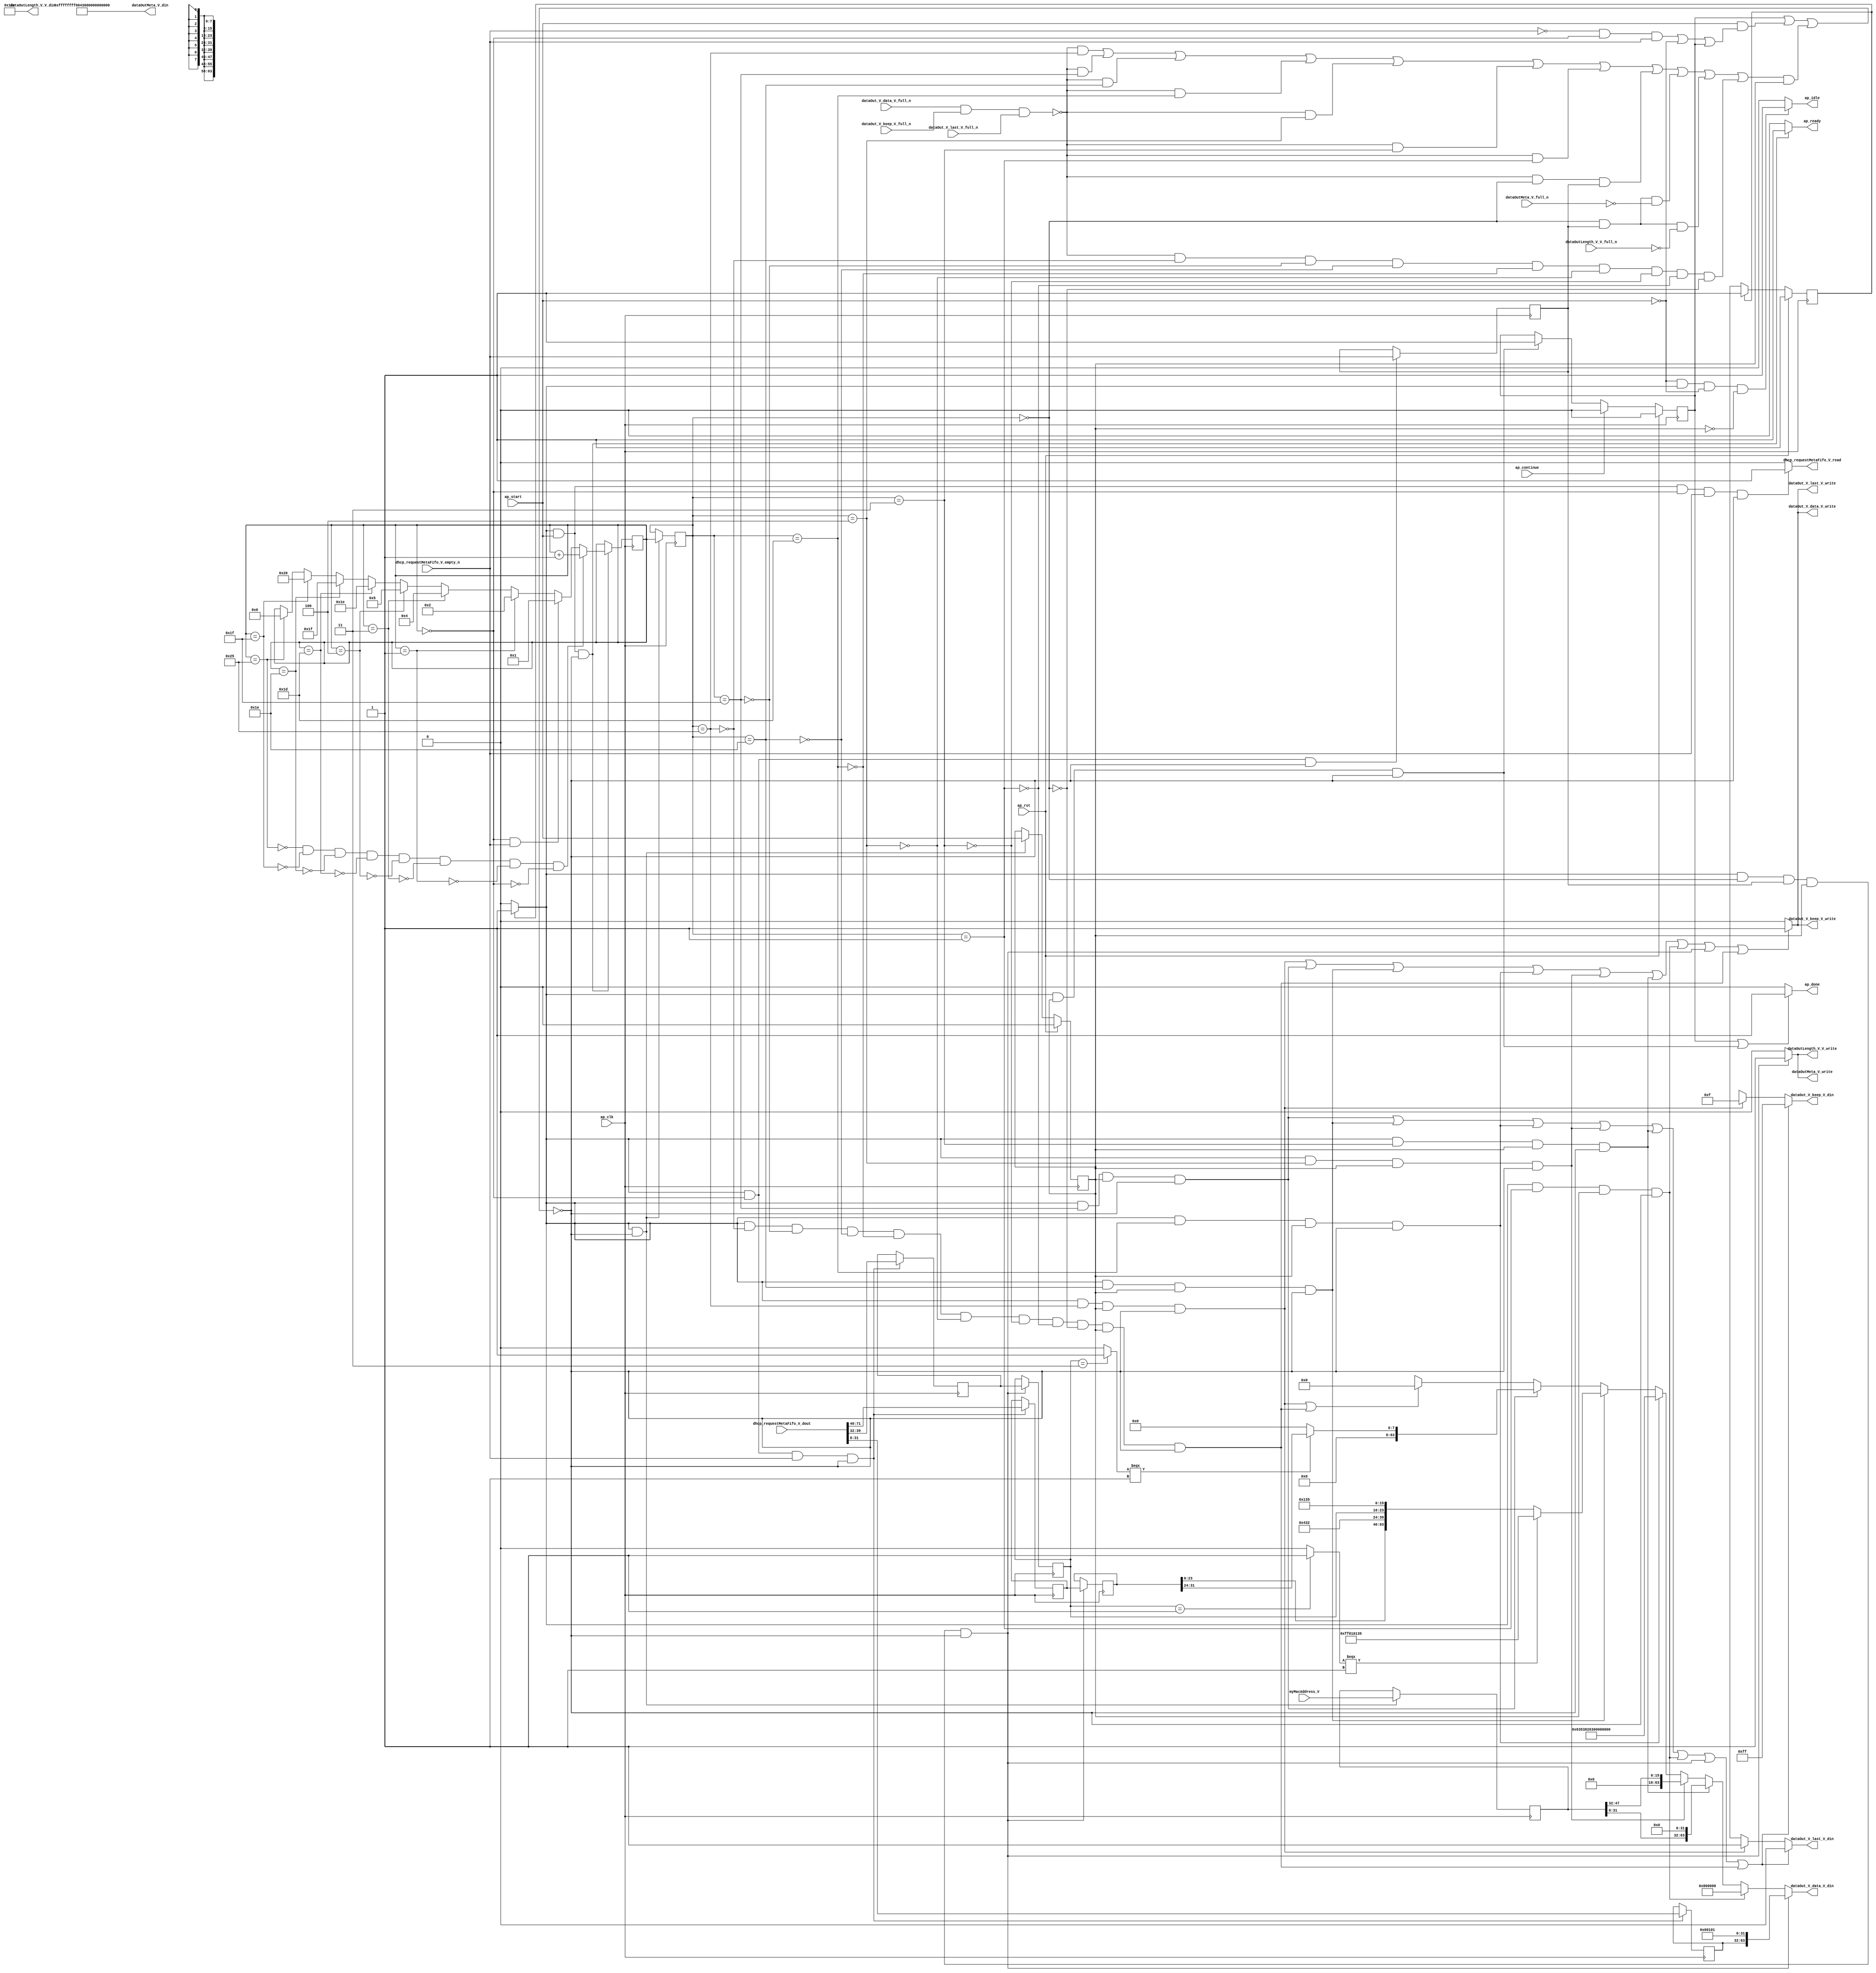
// ==============================================================
// RTL generated by Vivado(TM) HLS - High-Level Synthesis from C, C++ and SystemC
// Version: 2015.1
// Copyright (C) 2015 Xilinx Inc. All rights reserved.
// 
// ===========================================================

`timescale 1 ns / 1 ps 

module dhcp_client_send_message (
        ap_clk,
        ap_rst,
        ap_start,
        ap_done,
        ap_continue,
        ap_idle,
        ap_ready,
        dhcp_requestMetaFifo_V_dout,
        dhcp_requestMetaFifo_V_empty_n,
        dhcp_requestMetaFifo_V_read,
        dataOutMeta_V_din,
        dataOutMeta_V_full_n,
        dataOutMeta_V_write,
        dataOutLength_V_V_din,
        dataOutLength_V_V_full_n,
        dataOutLength_V_V_write,
        dataOut_V_data_V_din,
        dataOut_V_data_V_full_n,
        dataOut_V_data_V_write,
        dataOut_V_keep_V_din,
        dataOut_V_keep_V_full_n,
        dataOut_V_keep_V_write,
        dataOut_V_last_V_din,
        dataOut_V_last_V_full_n,
        dataOut_V_last_V_write,
        myMacAddress_V
);

parameter    ap_const_logic_1 = 1'b1;
parameter    ap_const_logic_0 = 1'b0;
parameter    ap_ST_pp0_stg0_fsm_0 = 1'b1;
parameter    ap_const_lv32_0 = 32'b00000000000000000000000000000000;
parameter    ap_const_lv1_1 = 1'b1;
parameter    ap_const_lv6_0 = 6'b000000;
parameter    ap_const_lv1_0 = 1'b0;
parameter    ap_const_lv6_25 = 6'b100101;
parameter    ap_const_lv6_1F = 6'b11111;
parameter    ap_const_lv6_1E = 6'b11110;
parameter    ap_const_lv6_1D = 6'b11101;
parameter    ap_const_lv6_4 = 6'b100;
parameter    ap_const_lv6_3 = 6'b11;
parameter    ap_const_lv6_1 = 6'b1;
parameter    ap_const_lv8_0 = 8'b00000000;
parameter    ap_const_lv64_0 = 64'b0000000000000000000000000000000000000000000000000000000000000000;
parameter    ap_const_lv64_6353826300000000 = 64'b110001101010011100000100110001100000000000000000000000000000000;
parameter    ap_const_lv64_800000 = 64'b100000000000000000000000;
parameter    ap_const_lv8_F = 8'b1111;
parameter    ap_const_lv8_FF = 8'b11111111;
parameter    ap_const_lv96_FFFFFFFF0043000000000044 = 96'b111111111111111111111111111111110000000001000011000000000000000000000000000000000000000001000100;
parameter    ap_const_lv16_12C = 16'b100101100;
parameter    ap_const_lv6_20 = 6'b100000;
parameter    ap_const_lv6_5 = 6'b101;
parameter    ap_const_lv6_2 = 6'b10;
parameter    ap_const_lv32_20 = 32'b100000;
parameter    ap_const_lv32_27 = 32'b100111;
parameter    ap_const_lv32_28 = 32'b101000;
parameter    ap_const_lv32_47 = 32'b1000111;
parameter    ap_const_lv8_3 = 8'b11;
parameter    ap_const_lv32_18 = 32'b11000;
parameter    ap_const_lv32_1F = 32'b11111;
parameter    ap_const_lv8_1 = 8'b1;
parameter    ap_const_lv16_432 = 16'b10000110010;
parameter    ap_const_lv16_135 = 16'b100110101;
parameter    ap_const_lv64_FF010135 = 64'b11111111000000010000000100110101;
parameter    ap_const_lv32_2F = 32'b101111;
parameter    ap_const_lv48_0 = 48'b000000000000000000000000000000000000000000000000;
parameter    ap_const_lv32_60101 = 32'b1100000000100000001;
parameter    ap_true = 1'b1;

input   ap_clk;
input   ap_rst;
input   ap_start;
output   ap_done;
input   ap_continue;
output   ap_idle;
output   ap_ready;
input  [71:0] dhcp_requestMetaFifo_V_dout;
input   dhcp_requestMetaFifo_V_empty_n;
output   dhcp_requestMetaFifo_V_read;
output  [95:0] dataOutMeta_V_din;
input   dataOutMeta_V_full_n;
output   dataOutMeta_V_write;
output  [15:0] dataOutLength_V_V_din;
input   dataOutLength_V_V_full_n;
output   dataOutLength_V_V_write;
output  [63:0] dataOut_V_data_V_din;
input   dataOut_V_data_V_full_n;
output   dataOut_V_data_V_write;
output  [7:0] dataOut_V_keep_V_din;
input   dataOut_V_keep_V_full_n;
output   dataOut_V_keep_V_write;
output  [0:0] dataOut_V_last_V_din;
input   dataOut_V_last_V_full_n;
output   dataOut_V_last_V_write;
input  [47:0] myMacAddress_V;

reg ap_done;
reg ap_idle;
reg ap_ready;
reg dhcp_requestMetaFifo_V_read;
reg dataOutMeta_V_write;
reg dataOutLength_V_V_write;
reg[63:0] dataOut_V_data_V_din;
reg[7:0] dataOut_V_keep_V_din;
reg[0:0] dataOut_V_last_V_din;
reg    ap_done_reg = 1'b0;
(* fsm_encoding = "none" *) reg   [0:0] ap_CS_fsm = 1'b1;
reg    ap_sig_cseq_ST_pp0_stg0_fsm_0;
reg    ap_sig_bdd_20;
wire    ap_reg_ppiten_pp0_it0;
reg    ap_reg_ppiten_pp0_it1 = 1'b0;
wire   [5:0] sm_wordCount_V_load_load_fu_239_p1;
wire   [0:0] tmp_nbreadreq_fu_188_p3;
reg    ap_sig_bdd_53;
wire    dataOut_V_data_V1_status;
reg   [5:0] sm_wordCount_V_load_reg_449;
reg   [0:0] tmp_reg_453;
reg    ap_sig_bdd_123;
reg   [5:0] sm_wordCount_V = 6'b000000;
reg   [7:0] meta_type_V_1 = 8'b00000000;
reg   [31:0] meta_requestedIpAddress_V = 32'b00000000000000000000000000000000;
reg   [47:0] myMacAddress_V_read_reg_443;
wire   [31:0] tmp_28_fu_285_p1;
reg   [31:0] tmp_28_reg_457;
reg   [7:0] tmp_type_V_load_new6_reg_462;
reg   [31:0] tmp_requestedIpAddress_V_load_s_reg_467;
reg    dataOut_V_data_V1_update;
wire   [63:0] tmp_data_V_4_fu_359_p1;
wire   [63:0] tmp_data_V_2_fu_386_p3;
wire   [63:0] p_Result_3_fu_404_p3;
wire   [63:0] p_Result_1_fu_416_p3;
wire   [63:0] p_Result_s_fu_435_p3;
wire   [5:0] tmp_s_fu_315_p2;
wire   [0:0] tmp_17_fu_335_p2;
wire   [7:0] p_Result_6_fu_341_p4;
wire   [7:0] tmp_data_V_3_fu_351_p3;
wire   [23:0] tmp_27_fu_370_p1;
wire   [0:0] tmp_16_fu_364_p2;
wire   [63:0] p_Result_4_fu_374_p5;
wire   [15:0] p_Result_2_fu_395_p4;
wire   [31:0] tmp_26_fu_413_p1;
reg   [0:0] ap_NS_fsm;
reg    ap_sig_pprstidle_pp0;
reg    ap_sig_bdd_48;
reg    ap_sig_bdd_237;
reg    ap_sig_bdd_130;




/// the current state (ap_CS_fsm) of the state machine. ///
always @ (posedge ap_clk)
begin : ap_ret_ap_CS_fsm
    if (ap_rst == 1'b1) begin
        ap_CS_fsm <= ap_ST_pp0_stg0_fsm_0;
    end else begin
        ap_CS_fsm <= ap_NS_fsm;
    end
end

/// ap_done_reg assign process. ///
always @ (posedge ap_clk)
begin : ap_ret_ap_done_reg
    if (ap_rst == 1'b1) begin
        ap_done_reg <= ap_const_logic_0;
    end else begin
        if ((ap_const_logic_1 == ap_continue)) begin
            ap_done_reg <= ap_const_logic_0;
        end else if (((ap_const_logic_1 == ap_sig_cseq_ST_pp0_stg0_fsm_0) & (ap_const_logic_1 == ap_reg_ppiten_pp0_it1) & ~((ap_done_reg == ap_const_logic_1) | ((ap_const_logic_1 == ap_reg_ppiten_pp0_it0) & ap_sig_bdd_53) | (ap_sig_bdd_123 & (ap_const_logic_1 == ap_reg_ppiten_pp0_it1))))) begin
            ap_done_reg <= ap_const_logic_1;
        end
    end
end

/// ap_reg_ppiten_pp0_it1 assign process. ///
always @ (posedge ap_clk)
begin : ap_ret_ap_reg_ppiten_pp0_it1
    if (ap_rst == 1'b1) begin
        ap_reg_ppiten_pp0_it1 <= ap_const_logic_0;
    end else begin
        if (((ap_const_logic_1 == ap_sig_cseq_ST_pp0_stg0_fsm_0) & ~((ap_done_reg == ap_const_logic_1) | ((ap_const_logic_1 == ap_reg_ppiten_pp0_it0) & ap_sig_bdd_53) | (ap_sig_bdd_123 & (ap_const_logic_1 == ap_reg_ppiten_pp0_it1))))) begin
            ap_reg_ppiten_pp0_it1 <= ap_reg_ppiten_pp0_it0;
        end
    end
end

/// assign process. ///
always @(posedge ap_clk)
begin
    if (ap_sig_bdd_130) begin
        if (ap_sig_bdd_237) begin
            sm_wordCount_V <= tmp_s_fu_315_p2;
        end else if (ap_sig_bdd_48) begin
            sm_wordCount_V <= ap_const_lv6_1;
        end else if ((sm_wordCount_V_load_load_fu_239_p1 == ap_const_lv6_1)) begin
            sm_wordCount_V <= ap_const_lv6_2;
        end else if ((sm_wordCount_V_load_load_fu_239_p1 == ap_const_lv6_3)) begin
            sm_wordCount_V <= ap_const_lv6_4;
        end else if ((sm_wordCount_V_load_load_fu_239_p1 == ap_const_lv6_4)) begin
            sm_wordCount_V <= ap_const_lv6_5;
        end else if ((sm_wordCount_V_load_load_fu_239_p1 == ap_const_lv6_1D)) begin
            sm_wordCount_V <= ap_const_lv6_1E;
        end else if ((sm_wordCount_V_load_load_fu_239_p1 == ap_const_lv6_1E)) begin
            sm_wordCount_V <= ap_const_lv6_1F;
        end else if ((sm_wordCount_V_load_load_fu_239_p1 == ap_const_lv6_1F)) begin
            sm_wordCount_V <= ap_const_lv6_20;
        end else if ((sm_wordCount_V_load_load_fu_239_p1 == ap_const_lv6_25)) begin
            sm_wordCount_V <= ap_const_lv6_0;
        end
    end
end

/// assign process. ///
always @(posedge ap_clk)
begin
    if (((ap_const_logic_1 == ap_sig_cseq_ST_pp0_stg0_fsm_0) & (ap_const_lv6_0 == sm_wordCount_V_load_reg_449) & ~(ap_const_lv1_0 == tmp_reg_453) & (ap_const_logic_1 == ap_reg_ppiten_pp0_it1) & ~((ap_done_reg == ap_const_logic_1) | ((ap_const_logic_1 == ap_reg_ppiten_pp0_it0) & ap_sig_bdd_53) | (ap_sig_bdd_123 & (ap_const_logic_1 == ap_reg_ppiten_pp0_it1))))) begin
        meta_requestedIpAddress_V <= tmp_requestedIpAddress_V_load_s_reg_467;
        meta_type_V_1 <= tmp_type_V_load_new6_reg_462;
    end
end

/// assign process. ///
always @(posedge ap_clk)
begin
    if (((ap_const_logic_1 == ap_sig_cseq_ST_pp0_stg0_fsm_0) & ~((ap_done_reg == ap_const_logic_1) | ((ap_const_logic_1 == ap_reg_ppiten_pp0_it0) & ap_sig_bdd_53) | (ap_sig_bdd_123 & (ap_const_logic_1 == ap_reg_ppiten_pp0_it1))))) begin
        myMacAddress_V_read_reg_443 <= myMacAddress_V;
        sm_wordCount_V_load_reg_449 <= sm_wordCount_V;
    end
end

/// assign process. ///
always @(posedge ap_clk)
begin
    if (((ap_const_logic_1 == ap_sig_cseq_ST_pp0_stg0_fsm_0) & (sm_wordCount_V == ap_const_lv6_0) & ~(tmp_nbreadreq_fu_188_p3 == ap_const_lv1_0) & ~((ap_done_reg == ap_const_logic_1) | ((ap_const_logic_1 == ap_reg_ppiten_pp0_it0) & ap_sig_bdd_53) | (ap_sig_bdd_123 & (ap_const_logic_1 == ap_reg_ppiten_pp0_it1))))) begin
        tmp_28_reg_457 <= tmp_28_fu_285_p1;
        tmp_requestedIpAddress_V_load_s_reg_467 <= {{dhcp_requestMetaFifo_V_dout[ap_const_lv32_47 : ap_const_lv32_28]}};
        tmp_type_V_load_new6_reg_462 <= {{dhcp_requestMetaFifo_V_dout[ap_const_lv32_27 : ap_const_lv32_20]}};
    end
end

/// assign process. ///
always @(posedge ap_clk)
begin
    if (((ap_const_logic_1 == ap_sig_cseq_ST_pp0_stg0_fsm_0) & (sm_wordCount_V == ap_const_lv6_0) & ~((ap_done_reg == ap_const_logic_1) | ((ap_const_logic_1 == ap_reg_ppiten_pp0_it0) & ap_sig_bdd_53) | (ap_sig_bdd_123 & (ap_const_logic_1 == ap_reg_ppiten_pp0_it1))))) begin
        tmp_reg_453 <= tmp_nbreadreq_fu_188_p3;
    end
end

/// ap_done assign process. ///
always @ (ap_done_reg or ap_sig_cseq_ST_pp0_stg0_fsm_0 or ap_reg_ppiten_pp0_it0 or ap_reg_ppiten_pp0_it1 or ap_sig_bdd_53 or ap_sig_bdd_123)
begin
    if (((ap_const_logic_1 == ap_done_reg) | ((ap_const_logic_1 == ap_sig_cseq_ST_pp0_stg0_fsm_0) & (ap_const_logic_1 == ap_reg_ppiten_pp0_it1) & ~((ap_done_reg == ap_const_logic_1) | ((ap_const_logic_1 == ap_reg_ppiten_pp0_it0) & ap_sig_bdd_53) | (ap_sig_bdd_123 & (ap_const_logic_1 == ap_reg_ppiten_pp0_it1)))))) begin
        ap_done = ap_const_logic_1;
    end else begin
        ap_done = ap_const_logic_0;
    end
end

/// ap_idle assign process. ///
always @ (ap_start or ap_sig_cseq_ST_pp0_stg0_fsm_0 or ap_reg_ppiten_pp0_it0 or ap_reg_ppiten_pp0_it1)
begin
    if ((~(ap_const_logic_1 == ap_start) & (ap_const_logic_1 == ap_sig_cseq_ST_pp0_stg0_fsm_0) & (ap_const_logic_0 == ap_reg_ppiten_pp0_it0) & (ap_const_logic_0 == ap_reg_ppiten_pp0_it1))) begin
        ap_idle = ap_const_logic_1;
    end else begin
        ap_idle = ap_const_logic_0;
    end
end

/// ap_ready assign process. ///
always @ (ap_done_reg or ap_sig_cseq_ST_pp0_stg0_fsm_0 or ap_reg_ppiten_pp0_it0 or ap_reg_ppiten_pp0_it1 or ap_sig_bdd_53 or ap_sig_bdd_123)
begin
    if (((ap_const_logic_1 == ap_sig_cseq_ST_pp0_stg0_fsm_0) & (ap_const_logic_1 == ap_reg_ppiten_pp0_it0) & ~((ap_done_reg == ap_const_logic_1) | ((ap_const_logic_1 == ap_reg_ppiten_pp0_it0) & ap_sig_bdd_53) | (ap_sig_bdd_123 & (ap_const_logic_1 == ap_reg_ppiten_pp0_it1))))) begin
        ap_ready = ap_const_logic_1;
    end else begin
        ap_ready = ap_const_logic_0;
    end
end

/// ap_sig_cseq_ST_pp0_stg0_fsm_0 assign process. ///
always @ (ap_sig_bdd_20)
begin
    if (ap_sig_bdd_20) begin
        ap_sig_cseq_ST_pp0_stg0_fsm_0 = ap_const_logic_1;
    end else begin
        ap_sig_cseq_ST_pp0_stg0_fsm_0 = ap_const_logic_0;
    end
end

/// ap_sig_pprstidle_pp0 assign process. ///
always @ (ap_start or ap_reg_ppiten_pp0_it0)
begin
    if (((ap_const_logic_0 == ap_reg_ppiten_pp0_it0) & (ap_const_logic_0 == ap_start))) begin
        ap_sig_pprstidle_pp0 = ap_const_logic_1;
    end else begin
        ap_sig_pprstidle_pp0 = ap_const_logic_0;
    end
end

/// dataOutLength_V_V_write assign process. ///
always @ (ap_done_reg or ap_sig_cseq_ST_pp0_stg0_fsm_0 or ap_reg_ppiten_pp0_it0 or ap_reg_ppiten_pp0_it1 or ap_sig_bdd_53 or sm_wordCount_V_load_reg_449 or tmp_reg_453 or ap_sig_bdd_123)
begin
    if (((ap_const_logic_1 == ap_sig_cseq_ST_pp0_stg0_fsm_0) & (ap_const_lv6_0 == sm_wordCount_V_load_reg_449) & ~(ap_const_lv1_0 == tmp_reg_453) & (ap_const_logic_1 == ap_reg_ppiten_pp0_it1) & ~((ap_done_reg == ap_const_logic_1) | ((ap_const_logic_1 == ap_reg_ppiten_pp0_it0) & ap_sig_bdd_53) | (ap_sig_bdd_123 & (ap_const_logic_1 == ap_reg_ppiten_pp0_it1))))) begin
        dataOutLength_V_V_write = ap_const_logic_1;
    end else begin
        dataOutLength_V_V_write = ap_const_logic_0;
    end
end

/// dataOutMeta_V_write assign process. ///
always @ (ap_done_reg or ap_sig_cseq_ST_pp0_stg0_fsm_0 or ap_reg_ppiten_pp0_it0 or ap_reg_ppiten_pp0_it1 or ap_sig_bdd_53 or sm_wordCount_V_load_reg_449 or tmp_reg_453 or ap_sig_bdd_123)
begin
    if (((ap_const_logic_1 == ap_sig_cseq_ST_pp0_stg0_fsm_0) & (ap_const_lv6_0 == sm_wordCount_V_load_reg_449) & ~(ap_const_lv1_0 == tmp_reg_453) & (ap_const_logic_1 == ap_reg_ppiten_pp0_it1) & ~((ap_done_reg == ap_const_logic_1) | ((ap_const_logic_1 == ap_reg_ppiten_pp0_it0) & ap_sig_bdd_53) | (ap_sig_bdd_123 & (ap_const_logic_1 == ap_reg_ppiten_pp0_it1))))) begin
        dataOutMeta_V_write = ap_const_logic_1;
    end else begin
        dataOutMeta_V_write = ap_const_logic_0;
    end
end

/// dataOut_V_data_V1_update assign process. ///
always @ (ap_done_reg or ap_sig_cseq_ST_pp0_stg0_fsm_0 or ap_reg_ppiten_pp0_it0 or ap_reg_ppiten_pp0_it1 or ap_sig_bdd_53 or sm_wordCount_V_load_reg_449 or tmp_reg_453 or ap_sig_bdd_123)
begin
    if ((((ap_const_logic_1 == ap_sig_cseq_ST_pp0_stg0_fsm_0) & (sm_wordCount_V_load_reg_449 == ap_const_lv6_25) & (ap_const_logic_1 == ap_reg_ppiten_pp0_it1) & ~((ap_done_reg == ap_const_logic_1) | ((ap_const_logic_1 == ap_reg_ppiten_pp0_it0) & ap_sig_bdd_53) | (ap_sig_bdd_123 & (ap_const_logic_1 == ap_reg_ppiten_pp0_it1)))) | ((ap_const_logic_1 == ap_sig_cseq_ST_pp0_stg0_fsm_0) & (sm_wordCount_V_load_reg_449 == ap_const_lv6_1F) & (ap_const_logic_1 == ap_reg_ppiten_pp0_it1) & ~((ap_done_reg == ap_const_logic_1) | ((ap_const_logic_1 == ap_reg_ppiten_pp0_it0) & ap_sig_bdd_53) | (ap_sig_bdd_123 & (ap_const_logic_1 == ap_reg_ppiten_pp0_it1)))) | ((ap_const_logic_1 == ap_sig_cseq_ST_pp0_stg0_fsm_0) & (sm_wordCount_V_load_reg_449 == ap_const_lv6_1E) & (ap_const_logic_1 == ap_reg_ppiten_pp0_it1) & ~((ap_done_reg == ap_const_logic_1) | ((ap_const_logic_1 == ap_reg_ppiten_pp0_it0) & ap_sig_bdd_53) | (ap_sig_bdd_123 & (ap_const_logic_1 == ap_reg_ppiten_pp0_it1)))) | ((ap_const_logic_1 == ap_sig_cseq_ST_pp0_stg0_fsm_0) & (sm_wordCount_V_load_reg_449 == ap_const_lv6_1D) & (ap_const_logic_1 == ap_reg_ppiten_pp0_it1) & ~((ap_done_reg == ap_const_logic_1) | ((ap_const_logic_1 == ap_reg_ppiten_pp0_it0) & ap_sig_bdd_53) | (ap_sig_bdd_123 & (ap_const_logic_1 == ap_reg_ppiten_pp0_it1)))) | ((ap_const_logic_1 == ap_sig_cseq_ST_pp0_stg0_fsm_0) & (sm_wordCount_V_load_reg_449 == ap_const_lv6_4) & (ap_const_logic_1 == ap_reg_ppiten_pp0_it1) & ~((ap_done_reg == ap_const_logic_1) | ((ap_const_logic_1 == ap_reg_ppiten_pp0_it0) & ap_sig_bdd_53) | (ap_sig_bdd_123 & (ap_const_logic_1 == ap_reg_ppiten_pp0_it1)))) | ((ap_const_logic_1 == ap_sig_cseq_ST_pp0_stg0_fsm_0) & (sm_wordCount_V_load_reg_449 == ap_const_lv6_3) & (ap_const_logic_1 == ap_reg_ppiten_pp0_it1) & ~((ap_done_reg == ap_const_logic_1) | ((ap_const_logic_1 == ap_reg_ppiten_pp0_it0) & ap_sig_bdd_53) | (ap_sig_bdd_123 & (ap_const_logic_1 == ap_reg_ppiten_pp0_it1)))) | ((ap_const_logic_1 == ap_sig_cseq_ST_pp0_stg0_fsm_0) & (sm_wordCount_V_load_reg_449 == ap_const_lv6_1) & (ap_const_logic_1 == ap_reg_ppiten_pp0_it1) & ~((ap_done_reg == ap_const_logic_1) | ((ap_const_logic_1 == ap_reg_ppiten_pp0_it0) & ap_sig_bdd_53) | (ap_sig_bdd_123 & (ap_const_logic_1 == ap_reg_ppiten_pp0_it1)))) | ((ap_const_logic_1 == ap_sig_cseq_ST_pp0_stg0_fsm_0) & (ap_const_lv6_0 == sm_wordCount_V_load_reg_449) & ~(ap_const_lv1_0 == tmp_reg_453) & (ap_const_logic_1 == ap_reg_ppiten_pp0_it1) & ~((ap_done_reg == ap_const_logic_1) | ((ap_const_logic_1 == ap_reg_ppiten_pp0_it0) & ap_sig_bdd_53) | (ap_sig_bdd_123 & (ap_const_logic_1 == ap_reg_ppiten_pp0_it1)))) | ((ap_const_logic_1 == ap_sig_cseq_ST_pp0_stg0_fsm_0) & ~(sm_wordCount_V_load_reg_449 == ap_const_lv6_25) & ~(sm_wordCount_V_load_reg_449 == ap_const_lv6_1F) & ~(sm_wordCount_V_load_reg_449 == ap_const_lv6_1E) & ~(sm_wordCount_V_load_reg_449 == ap_const_lv6_1D) & ~(sm_wordCount_V_load_reg_449 == ap_const_lv6_4) & ~(sm_wordCount_V_load_reg_449 == ap_const_lv6_3) & ~(sm_wordCount_V_load_reg_449 == ap_const_lv6_1) & ~(ap_const_lv6_0 == sm_wordCount_V_load_reg_449) & (ap_const_logic_1 == ap_reg_ppiten_pp0_it1) & ~((ap_done_reg == ap_const_logic_1) | ((ap_const_logic_1 == ap_reg_ppiten_pp0_it0) & ap_sig_bdd_53) | (ap_sig_bdd_123 & (ap_const_logic_1 == ap_reg_ppiten_pp0_it1)))))) begin
        dataOut_V_data_V1_update = ap_const_logic_1;
    end else begin
        dataOut_V_data_V1_update = ap_const_logic_0;
    end
end

/// dataOut_V_data_V_din assign process. ///
always @ (ap_done_reg or ap_sig_cseq_ST_pp0_stg0_fsm_0 or ap_reg_ppiten_pp0_it0 or ap_reg_ppiten_pp0_it1 or ap_sig_bdd_53 or sm_wordCount_V_load_reg_449 or tmp_reg_453 or ap_sig_bdd_123 or tmp_data_V_4_fu_359_p1 or tmp_data_V_2_fu_386_p3 or p_Result_3_fu_404_p3 or p_Result_1_fu_416_p3 or p_Result_s_fu_435_p3)
begin
    if (((ap_const_logic_1 == ap_sig_cseq_ST_pp0_stg0_fsm_0) & (ap_const_lv6_0 == sm_wordCount_V_load_reg_449) & ~(ap_const_lv1_0 == tmp_reg_453) & (ap_const_logic_1 == ap_reg_ppiten_pp0_it1) & ~((ap_done_reg == ap_const_logic_1) | ((ap_const_logic_1 == ap_reg_ppiten_pp0_it0) & ap_sig_bdd_53) | (ap_sig_bdd_123 & (ap_const_logic_1 == ap_reg_ppiten_pp0_it1))))) begin
        dataOut_V_data_V_din = p_Result_s_fu_435_p3;
    end else if (((ap_const_logic_1 == ap_sig_cseq_ST_pp0_stg0_fsm_0) & (sm_wordCount_V_load_reg_449 == ap_const_lv6_1) & (ap_const_logic_1 == ap_reg_ppiten_pp0_it1) & ~((ap_done_reg == ap_const_logic_1) | ((ap_const_logic_1 == ap_reg_ppiten_pp0_it0) & ap_sig_bdd_53) | (ap_sig_bdd_123 & (ap_const_logic_1 == ap_reg_ppiten_pp0_it1))))) begin
        dataOut_V_data_V_din = ap_const_lv64_800000;
    end else if (((ap_const_logic_1 == ap_sig_cseq_ST_pp0_stg0_fsm_0) & (sm_wordCount_V_load_reg_449 == ap_const_lv6_3) & (ap_const_logic_1 == ap_reg_ppiten_pp0_it1) & ~((ap_done_reg == ap_const_logic_1) | ((ap_const_logic_1 == ap_reg_ppiten_pp0_it0) & ap_sig_bdd_53) | (ap_sig_bdd_123 & (ap_const_logic_1 == ap_reg_ppiten_pp0_it1))))) begin
        dataOut_V_data_V_din = p_Result_1_fu_416_p3;
    end else if (((ap_const_logic_1 == ap_sig_cseq_ST_pp0_stg0_fsm_0) & (sm_wordCount_V_load_reg_449 == ap_const_lv6_4) & (ap_const_logic_1 == ap_reg_ppiten_pp0_it1) & ~((ap_done_reg == ap_const_logic_1) | ((ap_const_logic_1 == ap_reg_ppiten_pp0_it0) & ap_sig_bdd_53) | (ap_sig_bdd_123 & (ap_const_logic_1 == ap_reg_ppiten_pp0_it1))))) begin
        dataOut_V_data_V_din = p_Result_3_fu_404_p3;
    end else if (((ap_const_logic_1 == ap_sig_cseq_ST_pp0_stg0_fsm_0) & (sm_wordCount_V_load_reg_449 == ap_const_lv6_1D) & (ap_const_logic_1 == ap_reg_ppiten_pp0_it1) & ~((ap_done_reg == ap_const_logic_1) | ((ap_const_logic_1 == ap_reg_ppiten_pp0_it0) & ap_sig_bdd_53) | (ap_sig_bdd_123 & (ap_const_logic_1 == ap_reg_ppiten_pp0_it1))))) begin
        dataOut_V_data_V_din = ap_const_lv64_6353826300000000;
    end else if (((ap_const_logic_1 == ap_sig_cseq_ST_pp0_stg0_fsm_0) & (sm_wordCount_V_load_reg_449 == ap_const_lv6_1E) & (ap_const_logic_1 == ap_reg_ppiten_pp0_it1) & ~((ap_done_reg == ap_const_logic_1) | ((ap_const_logic_1 == ap_reg_ppiten_pp0_it0) & ap_sig_bdd_53) | (ap_sig_bdd_123 & (ap_const_logic_1 == ap_reg_ppiten_pp0_it1))))) begin
        dataOut_V_data_V_din = tmp_data_V_2_fu_386_p3;
    end else if (((ap_const_logic_1 == ap_sig_cseq_ST_pp0_stg0_fsm_0) & (sm_wordCount_V_load_reg_449 == ap_const_lv6_1F) & (ap_const_logic_1 == ap_reg_ppiten_pp0_it1) & ~((ap_done_reg == ap_const_logic_1) | ((ap_const_logic_1 == ap_reg_ppiten_pp0_it0) & ap_sig_bdd_53) | (ap_sig_bdd_123 & (ap_const_logic_1 == ap_reg_ppiten_pp0_it1))))) begin
        dataOut_V_data_V_din = tmp_data_V_4_fu_359_p1;
    end else if ((((ap_const_logic_1 == ap_sig_cseq_ST_pp0_stg0_fsm_0) & (sm_wordCount_V_load_reg_449 == ap_const_lv6_25) & (ap_const_logic_1 == ap_reg_ppiten_pp0_it1) & ~((ap_done_reg == ap_const_logic_1) | ((ap_const_logic_1 == ap_reg_ppiten_pp0_it0) & ap_sig_bdd_53) | (ap_sig_bdd_123 & (ap_const_logic_1 == ap_reg_ppiten_pp0_it1)))) | ((ap_const_logic_1 == ap_sig_cseq_ST_pp0_stg0_fsm_0) & ~(sm_wordCount_V_load_reg_449 == ap_const_lv6_25) & ~(sm_wordCount_V_load_reg_449 == ap_const_lv6_1F) & ~(sm_wordCount_V_load_reg_449 == ap_const_lv6_1E) & ~(sm_wordCount_V_load_reg_449 == ap_const_lv6_1D) & ~(sm_wordCount_V_load_reg_449 == ap_const_lv6_4) & ~(sm_wordCount_V_load_reg_449 == ap_const_lv6_3) & ~(sm_wordCount_V_load_reg_449 == ap_const_lv6_1) & ~(ap_const_lv6_0 == sm_wordCount_V_load_reg_449) & (ap_const_logic_1 == ap_reg_ppiten_pp0_it1) & ~((ap_done_reg == ap_const_logic_1) | ((ap_const_logic_1 == ap_reg_ppiten_pp0_it0) & ap_sig_bdd_53) | (ap_sig_bdd_123 & (ap_const_logic_1 == ap_reg_ppiten_pp0_it1)))))) begin
        dataOut_V_data_V_din = ap_const_lv64_0;
    end else begin
        dataOut_V_data_V_din = 'bx;
    end
end

/// dataOut_V_keep_V_din assign process. ///
always @ (ap_done_reg or ap_sig_cseq_ST_pp0_stg0_fsm_0 or ap_reg_ppiten_pp0_it0 or ap_reg_ppiten_pp0_it1 or ap_sig_bdd_53 or sm_wordCount_V_load_reg_449 or tmp_reg_453 or ap_sig_bdd_123)
begin
    if ((((ap_const_logic_1 == ap_sig_cseq_ST_pp0_stg0_fsm_0) & (sm_wordCount_V_load_reg_449 == ap_const_lv6_1F) & (ap_const_logic_1 == ap_reg_ppiten_pp0_it1) & ~((ap_done_reg == ap_const_logic_1) | ((ap_const_logic_1 == ap_reg_ppiten_pp0_it0) & ap_sig_bdd_53) | (ap_sig_bdd_123 & (ap_const_logic_1 == ap_reg_ppiten_pp0_it1)))) | ((ap_const_logic_1 == ap_sig_cseq_ST_pp0_stg0_fsm_0) & (sm_wordCount_V_load_reg_449 == ap_const_lv6_1E) & (ap_const_logic_1 == ap_reg_ppiten_pp0_it1) & ~((ap_done_reg == ap_const_logic_1) | ((ap_const_logic_1 == ap_reg_ppiten_pp0_it0) & ap_sig_bdd_53) | (ap_sig_bdd_123 & (ap_const_logic_1 == ap_reg_ppiten_pp0_it1)))) | ((ap_const_logic_1 == ap_sig_cseq_ST_pp0_stg0_fsm_0) & (sm_wordCount_V_load_reg_449 == ap_const_lv6_1D) & (ap_const_logic_1 == ap_reg_ppiten_pp0_it1) & ~((ap_done_reg == ap_const_logic_1) | ((ap_const_logic_1 == ap_reg_ppiten_pp0_it0) & ap_sig_bdd_53) | (ap_sig_bdd_123 & (ap_const_logic_1 == ap_reg_ppiten_pp0_it1)))) | ((ap_const_logic_1 == ap_sig_cseq_ST_pp0_stg0_fsm_0) & (sm_wordCount_V_load_reg_449 == ap_const_lv6_4) & (ap_const_logic_1 == ap_reg_ppiten_pp0_it1) & ~((ap_done_reg == ap_const_logic_1) | ((ap_const_logic_1 == ap_reg_ppiten_pp0_it0) & ap_sig_bdd_53) | (ap_sig_bdd_123 & (ap_const_logic_1 == ap_reg_ppiten_pp0_it1)))) | ((ap_const_logic_1 == ap_sig_cseq_ST_pp0_stg0_fsm_0) & (sm_wordCount_V_load_reg_449 == ap_const_lv6_3) & (ap_const_logic_1 == ap_reg_ppiten_pp0_it1) & ~((ap_done_reg == ap_const_logic_1) | ((ap_const_logic_1 == ap_reg_ppiten_pp0_it0) & ap_sig_bdd_53) | (ap_sig_bdd_123 & (ap_const_logic_1 == ap_reg_ppiten_pp0_it1)))) | ((ap_const_logic_1 == ap_sig_cseq_ST_pp0_stg0_fsm_0) & (sm_wordCount_V_load_reg_449 == ap_const_lv6_1) & (ap_const_logic_1 == ap_reg_ppiten_pp0_it1) & ~((ap_done_reg == ap_const_logic_1) | ((ap_const_logic_1 == ap_reg_ppiten_pp0_it0) & ap_sig_bdd_53) | (ap_sig_bdd_123 & (ap_const_logic_1 == ap_reg_ppiten_pp0_it1)))) | ((ap_const_logic_1 == ap_sig_cseq_ST_pp0_stg0_fsm_0) & (ap_const_lv6_0 == sm_wordCount_V_load_reg_449) & ~(ap_const_lv1_0 == tmp_reg_453) & (ap_const_logic_1 == ap_reg_ppiten_pp0_it1) & ~((ap_done_reg == ap_const_logic_1) | ((ap_const_logic_1 == ap_reg_ppiten_pp0_it0) & ap_sig_bdd_53) | (ap_sig_bdd_123 & (ap_const_logic_1 == ap_reg_ppiten_pp0_it1)))) | ((ap_const_logic_1 == ap_sig_cseq_ST_pp0_stg0_fsm_0) & ~(sm_wordCount_V_load_reg_449 == ap_const_lv6_25) & ~(sm_wordCount_V_load_reg_449 == ap_const_lv6_1F) & ~(sm_wordCount_V_load_reg_449 == ap_const_lv6_1E) & ~(sm_wordCount_V_load_reg_449 == ap_const_lv6_1D) & ~(sm_wordCount_V_load_reg_449 == ap_const_lv6_4) & ~(sm_wordCount_V_load_reg_449 == ap_const_lv6_3) & ~(sm_wordCount_V_load_reg_449 == ap_const_lv6_1) & ~(ap_const_lv6_0 == sm_wordCount_V_load_reg_449) & (ap_const_logic_1 == ap_reg_ppiten_pp0_it1) & ~((ap_done_reg == ap_const_logic_1) | ((ap_const_logic_1 == ap_reg_ppiten_pp0_it0) & ap_sig_bdd_53) | (ap_sig_bdd_123 & (ap_const_logic_1 == ap_reg_ppiten_pp0_it1)))))) begin
        dataOut_V_keep_V_din = ap_const_lv8_FF;
    end else if (((ap_const_logic_1 == ap_sig_cseq_ST_pp0_stg0_fsm_0) & (sm_wordCount_V_load_reg_449 == ap_const_lv6_25) & (ap_const_logic_1 == ap_reg_ppiten_pp0_it1) & ~((ap_done_reg == ap_const_logic_1) | ((ap_const_logic_1 == ap_reg_ppiten_pp0_it0) & ap_sig_bdd_53) | (ap_sig_bdd_123 & (ap_const_logic_1 == ap_reg_ppiten_pp0_it1))))) begin
        dataOut_V_keep_V_din = ap_const_lv8_F;
    end else begin
        dataOut_V_keep_V_din = 'bx;
    end
end

/// dataOut_V_last_V_din assign process. ///
always @ (ap_done_reg or ap_sig_cseq_ST_pp0_stg0_fsm_0 or ap_reg_ppiten_pp0_it0 or ap_reg_ppiten_pp0_it1 or ap_sig_bdd_53 or sm_wordCount_V_load_reg_449 or tmp_reg_453 or ap_sig_bdd_123)
begin
    if ((((ap_const_logic_1 == ap_sig_cseq_ST_pp0_stg0_fsm_0) & (sm_wordCount_V_load_reg_449 == ap_const_lv6_1F) & (ap_const_logic_1 == ap_reg_ppiten_pp0_it1) & ~((ap_done_reg == ap_const_logic_1) | ((ap_const_logic_1 == ap_reg_ppiten_pp0_it0) & ap_sig_bdd_53) | (ap_sig_bdd_123 & (ap_const_logic_1 == ap_reg_ppiten_pp0_it1)))) | ((ap_const_logic_1 == ap_sig_cseq_ST_pp0_stg0_fsm_0) & (sm_wordCount_V_load_reg_449 == ap_const_lv6_1E) & (ap_const_logic_1 == ap_reg_ppiten_pp0_it1) & ~((ap_done_reg == ap_const_logic_1) | ((ap_const_logic_1 == ap_reg_ppiten_pp0_it0) & ap_sig_bdd_53) | (ap_sig_bdd_123 & (ap_const_logic_1 == ap_reg_ppiten_pp0_it1)))) | ((ap_const_logic_1 == ap_sig_cseq_ST_pp0_stg0_fsm_0) & (sm_wordCount_V_load_reg_449 == ap_const_lv6_1D) & (ap_const_logic_1 == ap_reg_ppiten_pp0_it1) & ~((ap_done_reg == ap_const_logic_1) | ((ap_const_logic_1 == ap_reg_ppiten_pp0_it0) & ap_sig_bdd_53) | (ap_sig_bdd_123 & (ap_const_logic_1 == ap_reg_ppiten_pp0_it1)))) | ((ap_const_logic_1 == ap_sig_cseq_ST_pp0_stg0_fsm_0) & (sm_wordCount_V_load_reg_449 == ap_const_lv6_4) & (ap_const_logic_1 == ap_reg_ppiten_pp0_it1) & ~((ap_done_reg == ap_const_logic_1) | ((ap_const_logic_1 == ap_reg_ppiten_pp0_it0) & ap_sig_bdd_53) | (ap_sig_bdd_123 & (ap_const_logic_1 == ap_reg_ppiten_pp0_it1)))) | ((ap_const_logic_1 == ap_sig_cseq_ST_pp0_stg0_fsm_0) & (sm_wordCount_V_load_reg_449 == ap_const_lv6_3) & (ap_const_logic_1 == ap_reg_ppiten_pp0_it1) & ~((ap_done_reg == ap_const_logic_1) | ((ap_const_logic_1 == ap_reg_ppiten_pp0_it0) & ap_sig_bdd_53) | (ap_sig_bdd_123 & (ap_const_logic_1 == ap_reg_ppiten_pp0_it1)))) | ((ap_const_logic_1 == ap_sig_cseq_ST_pp0_stg0_fsm_0) & (sm_wordCount_V_load_reg_449 == ap_const_lv6_1) & (ap_const_logic_1 == ap_reg_ppiten_pp0_it1) & ~((ap_done_reg == ap_const_logic_1) | ((ap_const_logic_1 == ap_reg_ppiten_pp0_it0) & ap_sig_bdd_53) | (ap_sig_bdd_123 & (ap_const_logic_1 == ap_reg_ppiten_pp0_it1)))) | ((ap_const_logic_1 == ap_sig_cseq_ST_pp0_stg0_fsm_0) & (ap_const_lv6_0 == sm_wordCount_V_load_reg_449) & ~(ap_const_lv1_0 == tmp_reg_453) & (ap_const_logic_1 == ap_reg_ppiten_pp0_it1) & ~((ap_done_reg == ap_const_logic_1) | ((ap_const_logic_1 == ap_reg_ppiten_pp0_it0) & ap_sig_bdd_53) | (ap_sig_bdd_123 & (ap_const_logic_1 == ap_reg_ppiten_pp0_it1)))) | ((ap_const_logic_1 == ap_sig_cseq_ST_pp0_stg0_fsm_0) & ~(sm_wordCount_V_load_reg_449 == ap_const_lv6_25) & ~(sm_wordCount_V_load_reg_449 == ap_const_lv6_1F) & ~(sm_wordCount_V_load_reg_449 == ap_const_lv6_1E) & ~(sm_wordCount_V_load_reg_449 == ap_const_lv6_1D) & ~(sm_wordCount_V_load_reg_449 == ap_const_lv6_4) & ~(sm_wordCount_V_load_reg_449 == ap_const_lv6_3) & ~(sm_wordCount_V_load_reg_449 == ap_const_lv6_1) & ~(ap_const_lv6_0 == sm_wordCount_V_load_reg_449) & (ap_const_logic_1 == ap_reg_ppiten_pp0_it1) & ~((ap_done_reg == ap_const_logic_1) | ((ap_const_logic_1 == ap_reg_ppiten_pp0_it0) & ap_sig_bdd_53) | (ap_sig_bdd_123 & (ap_const_logic_1 == ap_reg_ppiten_pp0_it1)))))) begin
        dataOut_V_last_V_din = ap_const_lv1_0;
    end else if (((ap_const_logic_1 == ap_sig_cseq_ST_pp0_stg0_fsm_0) & (sm_wordCount_V_load_reg_449 == ap_const_lv6_25) & (ap_const_logic_1 == ap_reg_ppiten_pp0_it1) & ~((ap_done_reg == ap_const_logic_1) | ((ap_const_logic_1 == ap_reg_ppiten_pp0_it0) & ap_sig_bdd_53) | (ap_sig_bdd_123 & (ap_const_logic_1 == ap_reg_ppiten_pp0_it1))))) begin
        dataOut_V_last_V_din = ap_const_lv1_1;
    end else begin
        dataOut_V_last_V_din = 'bx;
    end
end

/// dhcp_requestMetaFifo_V_read assign process. ///
always @ (ap_done_reg or ap_sig_cseq_ST_pp0_stg0_fsm_0 or ap_reg_ppiten_pp0_it0 or ap_reg_ppiten_pp0_it1 or tmp_nbreadreq_fu_188_p3 or ap_sig_bdd_53 or ap_sig_bdd_123 or sm_wordCount_V)
begin
    if (((ap_const_logic_1 == ap_sig_cseq_ST_pp0_stg0_fsm_0) & (ap_const_logic_1 == ap_reg_ppiten_pp0_it0) & (sm_wordCount_V == ap_const_lv6_0) & ~(tmp_nbreadreq_fu_188_p3 == ap_const_lv1_0) & ~((ap_done_reg == ap_const_logic_1) | ((ap_const_logic_1 == ap_reg_ppiten_pp0_it0) & ap_sig_bdd_53) | (ap_sig_bdd_123 & (ap_const_logic_1 == ap_reg_ppiten_pp0_it1))))) begin
        dhcp_requestMetaFifo_V_read = ap_const_logic_1;
    end else begin
        dhcp_requestMetaFifo_V_read = ap_const_logic_0;
    end
end
/// the next state (ap_NS_fsm) of the state machine. ///
always @ (ap_done_reg or ap_CS_fsm or ap_reg_ppiten_pp0_it0 or ap_reg_ppiten_pp0_it1 or ap_sig_bdd_53 or ap_sig_bdd_123 or ap_sig_pprstidle_pp0)
begin
    case (ap_CS_fsm)
        ap_ST_pp0_stg0_fsm_0 : 
        begin
            ap_NS_fsm = ap_ST_pp0_stg0_fsm_0;
        end
        default : 
        begin
            ap_NS_fsm = 'bx;
        end
    endcase
end

assign ap_reg_ppiten_pp0_it0 = ap_start;

/// ap_sig_bdd_123 assign process. ///
always @ (dataOut_V_data_V1_status or sm_wordCount_V_load_reg_449 or tmp_reg_453 or dataOutMeta_V_full_n or dataOutLength_V_V_full_n)
begin
    ap_sig_bdd_123 = (((dataOut_V_data_V1_status == ap_const_logic_0) & (sm_wordCount_V_load_reg_449 == ap_const_lv6_25)) | ((dataOut_V_data_V1_status == ap_const_logic_0) & (sm_wordCount_V_load_reg_449 == ap_const_lv6_1F)) | ((dataOut_V_data_V1_status == ap_const_logic_0) & (sm_wordCount_V_load_reg_449 == ap_const_lv6_1E)) | ((dataOut_V_data_V1_status == ap_const_logic_0) & (sm_wordCount_V_load_reg_449 == ap_const_lv6_1D)) | ((dataOut_V_data_V1_status == ap_const_logic_0) & (sm_wordCount_V_load_reg_449 == ap_const_lv6_4)) | ((dataOut_V_data_V1_status == ap_const_logic_0) & (sm_wordCount_V_load_reg_449 == ap_const_lv6_3)) | ((dataOut_V_data_V1_status == ap_const_logic_0) & (sm_wordCount_V_load_reg_449 == ap_const_lv6_1)) | ((dataOut_V_data_V1_status == ap_const_logic_0) & (ap_const_lv6_0 == sm_wordCount_V_load_reg_449) & ~(ap_const_lv1_0 == tmp_reg_453)) | ((ap_const_lv6_0 == sm_wordCount_V_load_reg_449) & ~(ap_const_lv1_0 == tmp_reg_453) & (dataOutMeta_V_full_n == ap_const_logic_0)) | ((ap_const_lv6_0 == sm_wordCount_V_load_reg_449) & ~(ap_const_lv1_0 == tmp_reg_453) & (dataOutLength_V_V_full_n == ap_const_logic_0)) | ((dataOut_V_data_V1_status == ap_const_logic_0) & ~(sm_wordCount_V_load_reg_449 == ap_const_lv6_25) & ~(sm_wordCount_V_load_reg_449 == ap_const_lv6_1F) & ~(sm_wordCount_V_load_reg_449 == ap_const_lv6_1E) & ~(sm_wordCount_V_load_reg_449 == ap_const_lv6_1D) & ~(sm_wordCount_V_load_reg_449 == ap_const_lv6_4) & ~(sm_wordCount_V_load_reg_449 == ap_const_lv6_3) & ~(sm_wordCount_V_load_reg_449 == ap_const_lv6_1) & ~(ap_const_lv6_0 == sm_wordCount_V_load_reg_449)));
end

/// ap_sig_bdd_130 assign process. ///
always @ (ap_done_reg or ap_sig_cseq_ST_pp0_stg0_fsm_0 or ap_reg_ppiten_pp0_it0 or ap_reg_ppiten_pp0_it1 or ap_sig_bdd_53 or ap_sig_bdd_123)
begin
    ap_sig_bdd_130 = ((ap_const_logic_1 == ap_sig_cseq_ST_pp0_stg0_fsm_0) & (ap_const_logic_1 == ap_reg_ppiten_pp0_it0) & ~((ap_done_reg == ap_const_logic_1) | ((ap_const_logic_1 == ap_reg_ppiten_pp0_it0) & ap_sig_bdd_53) | (ap_sig_bdd_123 & (ap_const_logic_1 == ap_reg_ppiten_pp0_it1))));
end

/// ap_sig_bdd_20 assign process. ///
always @ (ap_CS_fsm)
begin
    ap_sig_bdd_20 = (ap_CS_fsm[ap_const_lv32_0] == ap_const_lv1_1);
end

/// ap_sig_bdd_237 assign process. ///
always @ (sm_wordCount_V_load_load_fu_239_p1 or sm_wordCount_V)
begin
    ap_sig_bdd_237 = (~(sm_wordCount_V_load_load_fu_239_p1 == ap_const_lv6_25) & ~(sm_wordCount_V_load_load_fu_239_p1 == ap_const_lv6_1F) & ~(sm_wordCount_V_load_load_fu_239_p1 == ap_const_lv6_1E) & ~(sm_wordCount_V_load_load_fu_239_p1 == ap_const_lv6_1D) & ~(sm_wordCount_V_load_load_fu_239_p1 == ap_const_lv6_4) & ~(sm_wordCount_V_load_load_fu_239_p1 == ap_const_lv6_3) & ~(sm_wordCount_V_load_load_fu_239_p1 == ap_const_lv6_1) & ~(sm_wordCount_V == ap_const_lv6_0));
end

/// ap_sig_bdd_48 assign process. ///
always @ (tmp_nbreadreq_fu_188_p3 or sm_wordCount_V)
begin
    ap_sig_bdd_48 = ((sm_wordCount_V == ap_const_lv6_0) & ~(tmp_nbreadreq_fu_188_p3 == ap_const_lv1_0));
end

/// ap_sig_bdd_53 assign process. ///
always @ (ap_start or ap_done_reg or dhcp_requestMetaFifo_V_empty_n or tmp_nbreadreq_fu_188_p3 or sm_wordCount_V)
begin
    ap_sig_bdd_53 = (((dhcp_requestMetaFifo_V_empty_n == ap_const_logic_0) & (sm_wordCount_V == ap_const_lv6_0) & ~(tmp_nbreadreq_fu_188_p3 == ap_const_lv1_0)) | (ap_start == ap_const_logic_0) | (ap_done_reg == ap_const_logic_1));
end
assign dataOutLength_V_V_din = ap_const_lv16_12C;
assign dataOutMeta_V_din = ap_const_lv96_FFFFFFFF0043000000000044;
assign dataOut_V_data_V1_status = (dataOut_V_data_V_full_n & dataOut_V_keep_V_full_n & dataOut_V_last_V_full_n);
assign dataOut_V_data_V_write = dataOut_V_data_V1_update;
assign dataOut_V_keep_V_write = dataOut_V_data_V1_update;
assign dataOut_V_last_V_write = dataOut_V_data_V1_update;
assign p_Result_1_fu_416_p3 = {{tmp_26_fu_413_p1}, {ap_const_lv32_0}};
assign p_Result_2_fu_395_p4 = {{myMacAddress_V_read_reg_443[ap_const_lv32_2F : ap_const_lv32_20]}};
assign p_Result_3_fu_404_p3 = {{ap_const_lv48_0}, {p_Result_2_fu_395_p4}};
assign p_Result_4_fu_374_p5 = {{{{tmp_27_fu_370_p1}, {ap_const_lv16_432}}, {meta_type_V_1}}, {ap_const_lv16_135}};
assign p_Result_6_fu_341_p4 = {{meta_requestedIpAddress_V[ap_const_lv32_1F : ap_const_lv32_18]}};
assign p_Result_s_fu_435_p3 = {{tmp_28_reg_457}, {ap_const_lv32_60101}};
assign sm_wordCount_V_load_load_fu_239_p1 = sm_wordCount_V;
assign tmp_16_fu_364_p2 = (meta_type_V_1 == ap_const_lv8_1? 1'b1: 1'b0);
assign tmp_17_fu_335_p2 = (meta_type_V_1 == ap_const_lv8_3? 1'b1: 1'b0);
assign tmp_26_fu_413_p1 = myMacAddress_V_read_reg_443[31:0];
assign tmp_27_fu_370_p1 = meta_requestedIpAddress_V[23:0];
assign tmp_28_fu_285_p1 = dhcp_requestMetaFifo_V_dout[31:0];
assign tmp_data_V_2_fu_386_p3 = ((tmp_16_fu_364_p2[0:0]===1'b1)? ap_const_lv64_FF010135: p_Result_4_fu_374_p5);
assign tmp_data_V_3_fu_351_p3 = ((tmp_17_fu_335_p2[0:0]===1'b1)? p_Result_6_fu_341_p4: ap_const_lv8_0);
assign tmp_data_V_4_fu_359_p1 = tmp_data_V_3_fu_351_p3;
assign tmp_nbreadreq_fu_188_p3 = dhcp_requestMetaFifo_V_empty_n;
assign tmp_s_fu_315_p2 = (sm_wordCount_V + ap_const_lv6_1);


endmodule //dhcp_client_send_message